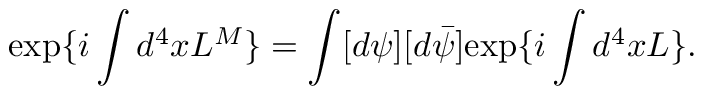
\mathrm { e x p } \{ i \int d ^ { 4 } x { \cal L ^ { M } } \} = \int [ d \psi ] [ d \bar { \psi } ] \mathrm { e x p } \{ i \int d ^ { 4 } x { \cal L } \} .